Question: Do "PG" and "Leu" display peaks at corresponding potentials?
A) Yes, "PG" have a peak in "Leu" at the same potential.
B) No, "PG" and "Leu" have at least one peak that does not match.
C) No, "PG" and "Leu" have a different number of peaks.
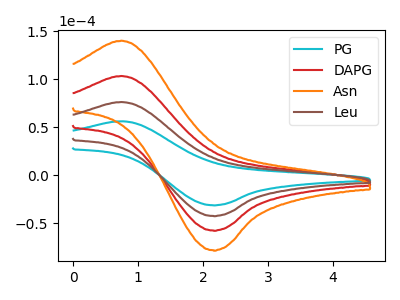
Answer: <think>The cyan curve "PG" has an anodic peak at (0.75V, 56.10uA) and a cathodic peak at (2.15V, -31.35uA). The red curve "DAPG" has an anodic peak at (0.75V, 152.15uA) and a cathodic peak at (2.15V, -85.10uA). The orange curve "Asn" has an anodic peak at (0.75V, 228.25uA) and a cathodic peak at (2.15V, -127.60uA). The brown curve "Leu" has an anodic peak at (0.75V, 76.10uA) and a cathodic peak at (2.15V, -42.55uA).</think>
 <answer>A) Yes, "PG" have a peak in "Leu" at the same potential.</answer>
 <eval>A</eval>